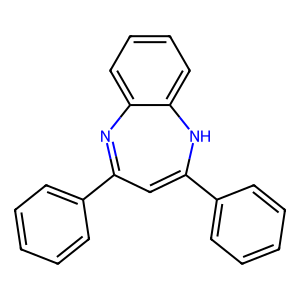
SMILES: C1=C(c2ccccc2)Nc2ccccc2N=C1c1ccccc1
Inhibits HIV replication: No